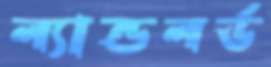
ল্যান্ডলর্ড